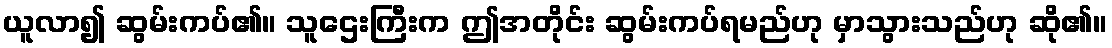
ယူလာ၍ ဆွမ်းကပ်၏။ သူဌေးကြီးက ဤအတိုင်း ဆွမ်းကပ်ရမည်ဟု မှာသွားသည်ဟု ဆို၏။